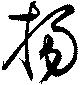
揚